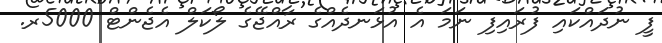
ފީ ނުދައްކައި ފުރައިފި ނަމަ އެ އުޅަނދެއްގެ ރާއްޖޭގެ ލޯކަލް އެޖެންޓް 5000ރ.